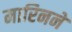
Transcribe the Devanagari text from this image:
मारिनने